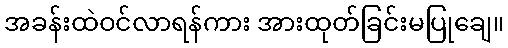
အခန်းထဲဝင်လာရန်ကား အားထုတ်ခြင်းမပြုချေ။